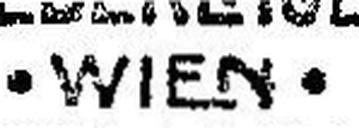
• WIEN •